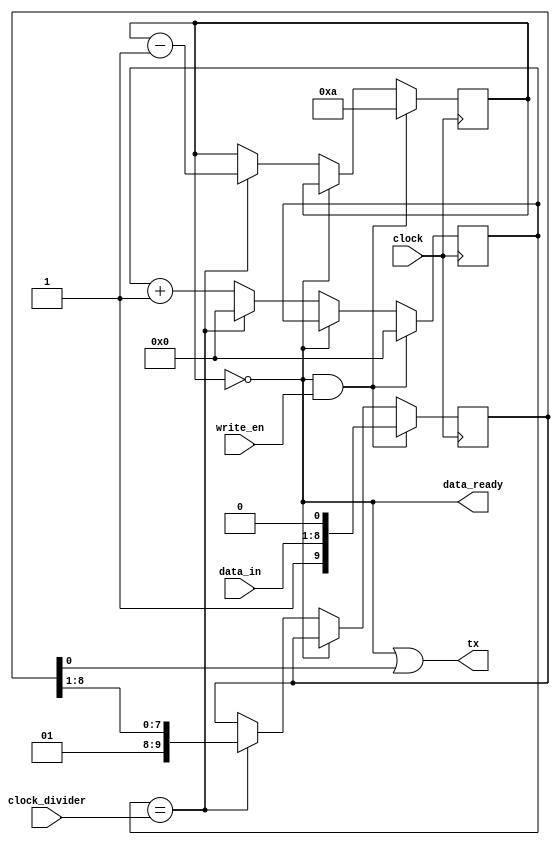
module uart_tx(
    input clock,
    input [15:0] clock_divider,
    input [WIDTH-1:0] data_in,
    input write_en,
    output data_ready,
    output tx
);
    parameter WIDTH = 8;

    reg [15:0] clock_count;
    initial clock_count = 0;

    reg [WIDTH+1:0] data;
    reg [3:0] shift_remaining;
    initial shift_remaining = 0;
    assign tx = data_ready | data[0];
    assign data_ready = shift_remaining == 0;

    always @(posedge clock) begin
        if (data_ready & write_en) begin
            data <= { 1'b1, data_in, 1'b0 };
            shift_remaining = WIDTH + 2;
            clock_count <= 0;
        end else if (~data_ready) begin
            if (clock_count == clock_divider) begin
                shift_remaining = shift_remaining - 1;
                data <= { 1'b1, data[WIDTH:1] };
                clock_count <= 0;
            end else begin
                clock_count = clock_count + 1;
            end
        end
    end
endmodule